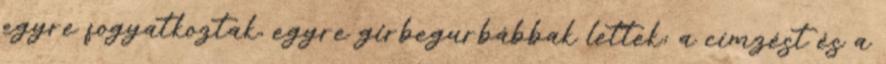
egyre fogyatkoztak, egyre girbegurbábbak lettek; a címzést és a